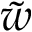
\tilde { w }